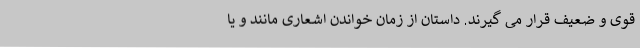
قوی و ضعیف قرار می گیرند. داستان از زمان خواندن اشعاری مانند و یا